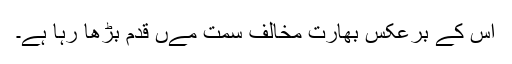
اس کے برعکس بھارت مخالف سمت مےں قدم بڑھا رہا ہے۔